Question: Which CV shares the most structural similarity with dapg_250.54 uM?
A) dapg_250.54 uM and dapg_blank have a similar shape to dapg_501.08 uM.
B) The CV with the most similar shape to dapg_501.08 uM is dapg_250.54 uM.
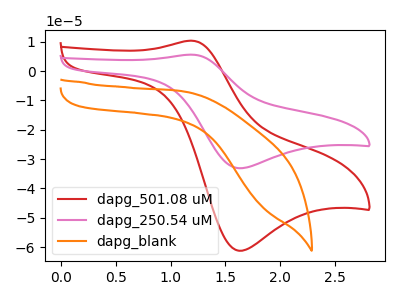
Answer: <think>The red curve "dapg_501.08 uM" has an anodic peak at (1.20V, 10.35uA) and a cathodic peak at (1.60V, -61.20uA). The pink curve "dapg_250.54 uM" has an anodic peak at (1.20V, 5.60uA) and a cathodic peak at (1.60V, -33.10uA). The orange curve "dapg_blank" has no peaks.
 All the peaks in "dapg_501.08 uM" have a peak in "dapg_250.54 uM" at the same potential. Every peak in "dapg_501.08 uM" is higher than every peak in "dapg_250.54 uM". "dapg_501.08 uM" and "dapg_blank" have a different number of peaks. "dapg_250.54 uM" and "dapg_blank" have a different number of peaks.</think>
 <answer>B) The CV with the most similar shape to "dapg_501.08 uM" is "dapg_250.54 uM".</answer>
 <eval>B</eval>